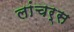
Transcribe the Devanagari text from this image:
लांचर्स